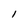
Character: l